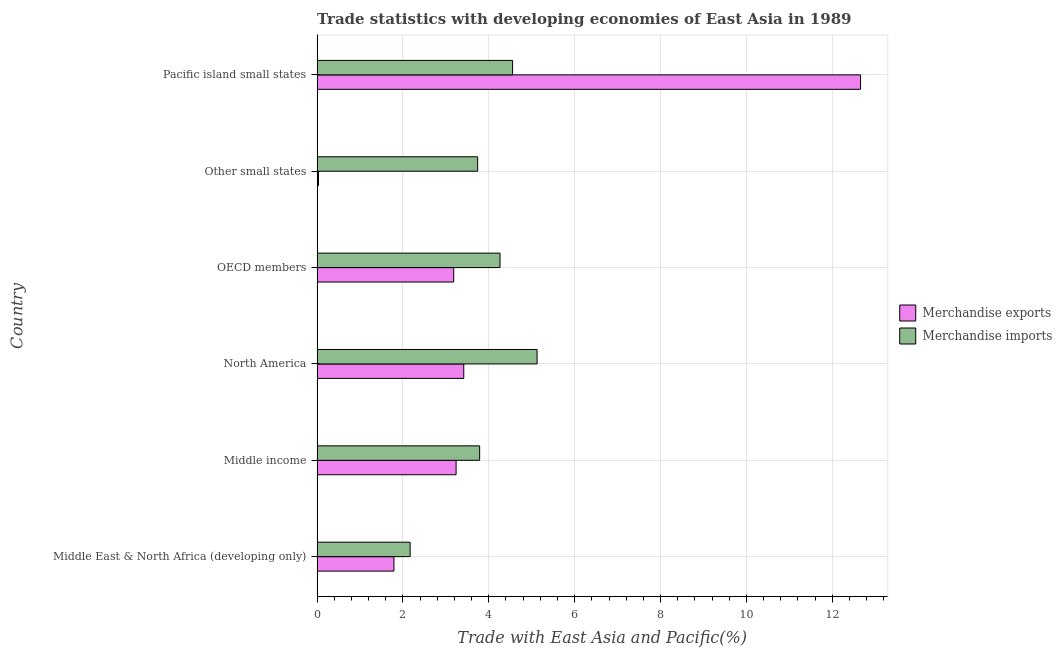
| Country | Merchandise exports | Merchandise imports |
 | --- | --- | --- |
 | Middle East & North Africa (developing only) | 1.79 | 2.17 |
 | Middle income | 3.24 | 3.79 |
 | North America | 3.42 | 5.12 |
 | OECD members | 3.18 | 4.26 |
 | Other small states | 0.0336 | 3.74 |
 | Pacific island small states | 12.7 | 4.55 |